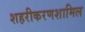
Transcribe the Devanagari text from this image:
शहरीकरणशामिल